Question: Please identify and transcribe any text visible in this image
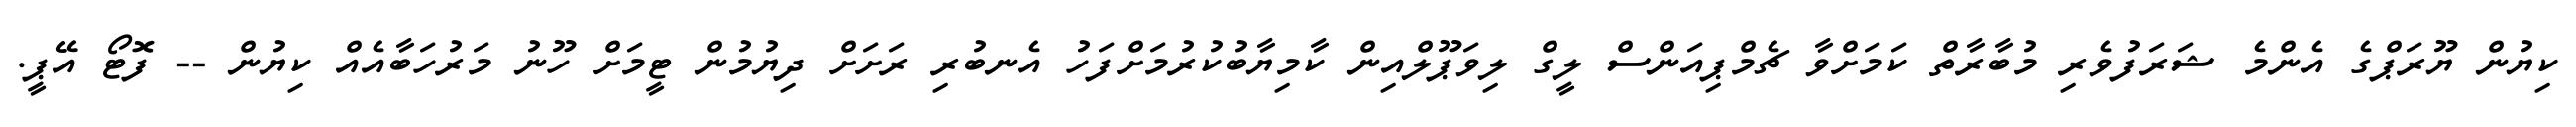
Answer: ކިޔުން ޔޫރަޕްގެ އެންމެ ޝަރަފުވެރި މުބާރާތް ކަމަށްވާ ޗެމްޕިއަންސް ލީގް ލިވަޕޫލްއިން ކާމިޔާބުކުރުމަށްފަހު އެނބުރި ރަށަށް ދިޔުމުން ޓީމަށް ހޫނު މަރުހަބާއެއް ކިޔުން -- ފޮޓޯ އޭޕީ.